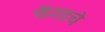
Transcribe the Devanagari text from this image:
फॅरडचे